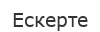
Ескерте